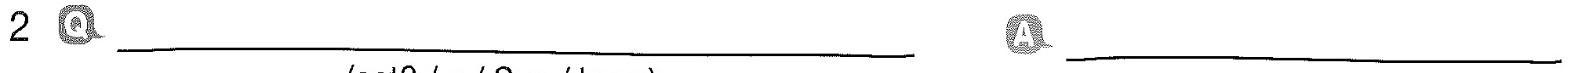
2 Q___ A___